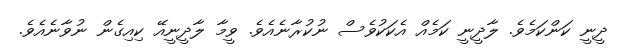
ދީނީ ކަންކަމެވެ. ލާދީނީ ކަމެއް އެކަކުވެސް ނުކުރާނެއެވެ. ވީމާ ލާދީނީއޭ ކިއިގެން ނުވާނެއެވެ.